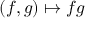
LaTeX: ( f , g ) \mapsto f g